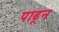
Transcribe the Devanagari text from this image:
पाढून